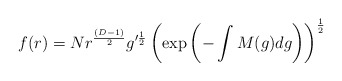
\begin{align*}f(r)=N r^{\frac{(D-1)}{2}}g^{\prime\frac{1}{2}}\left(\exp\left(-\int M(g)dg\right)\right)^{\frac{1}{2}}\end{align*}